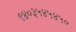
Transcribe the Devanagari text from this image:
९४०३५४५४५०